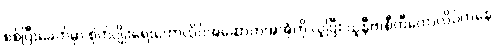
စစ်ပြီးခေတ်မှာ စိုက်ပျိုးရေးကောလိပ်အဆောက်အအုံကို ယူပြီး ယူနီဗာစီတီကောလိပ်ကနေ